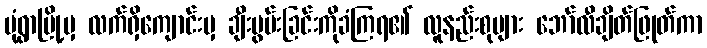
မုံရွာမြို့မှ လက်ရှိကျောင်းမှ ချီးမွမ်းခြင်းကိုခံကြရ၏ လူနည်းစုများ ဘော်လီချိတ်ဖြုတ်ကာ